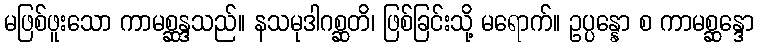
မဖြစ်ဖူးသော ကာမစ္ဆန္ဒသည်။ နသမုဒါဂစ္ဆတိ၊ ဖြစ်ခြင်းသို့ မရောက်။ ဥပ္ပန္နော စ ကာမစ္ဆန္ဒော